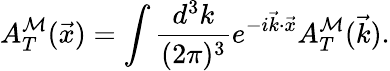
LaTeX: A_{T}^{\mathcal{M}}(\vec{{x}})=\int\frac{{d^{3}k}}{{(2\pi)^{3}}}e^{-i\vec{{k}}\cdot\vec{{x}}}A_{T}^{\mathcal{M}}(\vec{{k}}).